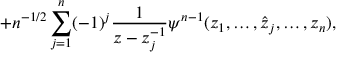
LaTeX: + n ^ { - 1 / 2 } \sum _ { j = 1 } ^ { n } ( - 1 ) ^ { j } \frac 1 { z - z _ { j } ^ { - 1 } } \psi ^ { n - 1 } ( z _ { 1 } , \ldots , \hat { z } _ { j } , \ldots , z _ { n } ) ,